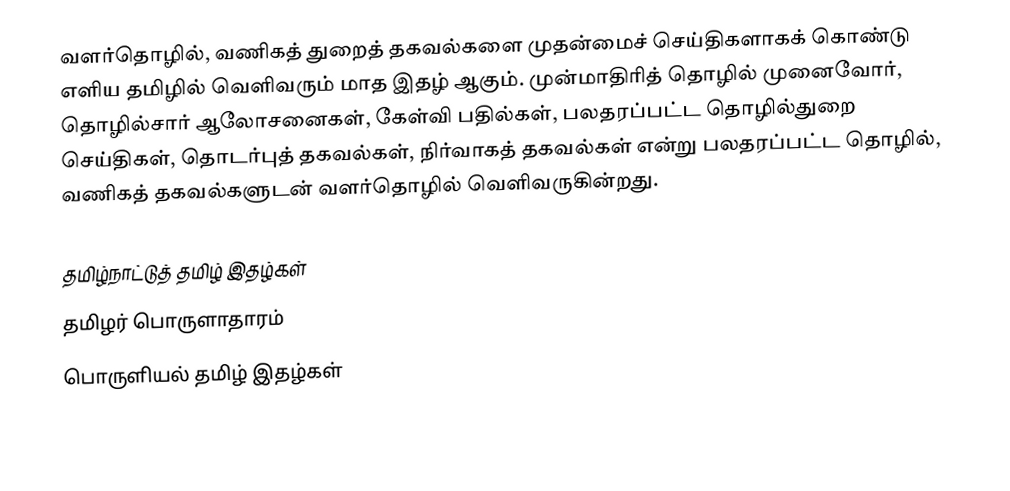
வளர்தொழில், வணிகத் துறைத் தகவல்களை முதன்மைச் செய்திகளாகக் கொண்டு எளிய தமிழில் வெளிவரும் மாத இதழ் ஆகும்.  முன்மாதிரித் தொழில் முனைவோர், தொழில்சார் ஆலோசனைகள், கேள்வி பதில்கள், பலதரப்பட்ட தொழில்துறை செய்திகள், தொடர்புத் தகவல்கள், நிர்வாகத் தகவல்கள் என்று பலதரப்பட்ட தொழில், வணிகத் தகவல்களுடன் வளர்தொழில் வெளிவருகின்றது.

தமிழ்நாட்டுத் தமிழ் இதழ்கள்
தமிழர் பொருளாதாரம்
பொருளியல் தமிழ் இதழ்கள்